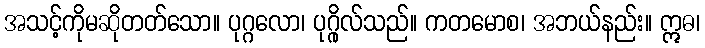
အသင့်ကိုမဆိုတတ်သော။ ပုဂ္ဂလော၊ ပုဂ္ဂိုလ်သည်။ ကတမောစ၊ အဘယ်နည်း။ ဣဓ၊